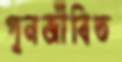
পুনর্জীবিত